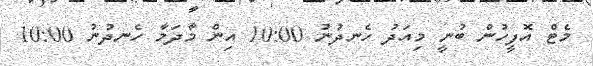
މެޓް އޮފީހުން ބުނީ މިއަދު ހެނދުނު 10:00 އިން މާދަމާ ހެނދުނު 10:00